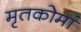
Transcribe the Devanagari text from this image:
मृतकोमां